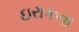
ઇરાકના